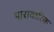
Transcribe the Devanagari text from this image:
पारावारिक